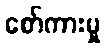
စော်ကားမှု